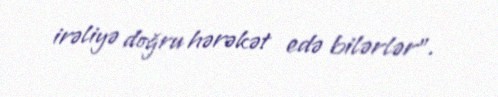
irəliyə doğru hərəkət edə bilərlər”.